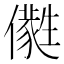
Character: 𠐭